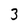
Character: 3